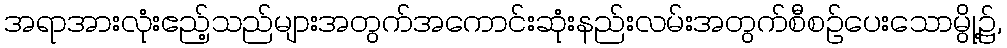
အရာအားလုံးဧည့်သည်များအတွက်အကောင်းဆုံးနည်းလမ်းအတွက်စီစဉ်ပေးသောမွို့၌,